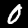
Label: 0